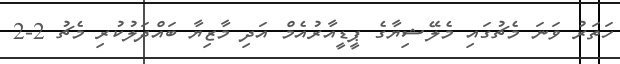
ހަތަރު ވަނަ މެޗުގައި މެލޭޝިޔާގެ ޕީޑީއާރުއެމް އަދި މާޒިޔާ ބައްދަލުކުރި މެޗު 2-2